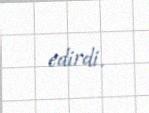
edirdi.